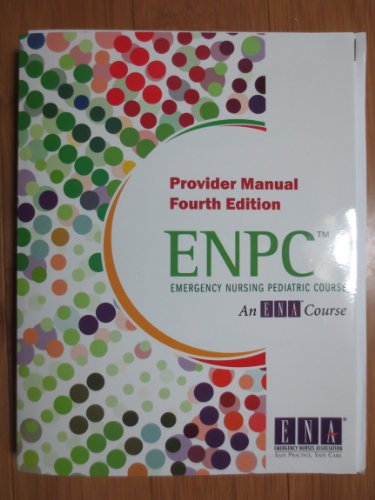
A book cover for Emergency Nursing Pediatric Course: Provider Manual (Enpc); Ena; Medical Books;